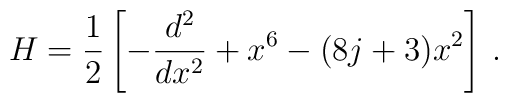
H=\frac{1}{2}\left[-\frac{d^{2}}{dx^{2}}+x^{6}-(8j+3)x^{2}\right]  \,.